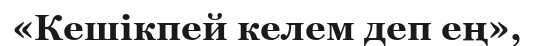
«Кешікпей келем деп ең»,